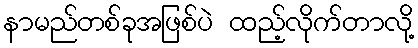
နာမည်တစ်ခုအဖြစ်ပဲ ထည့်လိုက်တာလို့